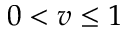
0 < v \leq 1